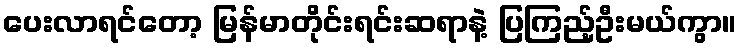
ပေးလာရင်တော့ မြန်မာတိုင်းရင်းဆရာနဲ့ ပြကြည့်ဦးမယ်ကွာ။